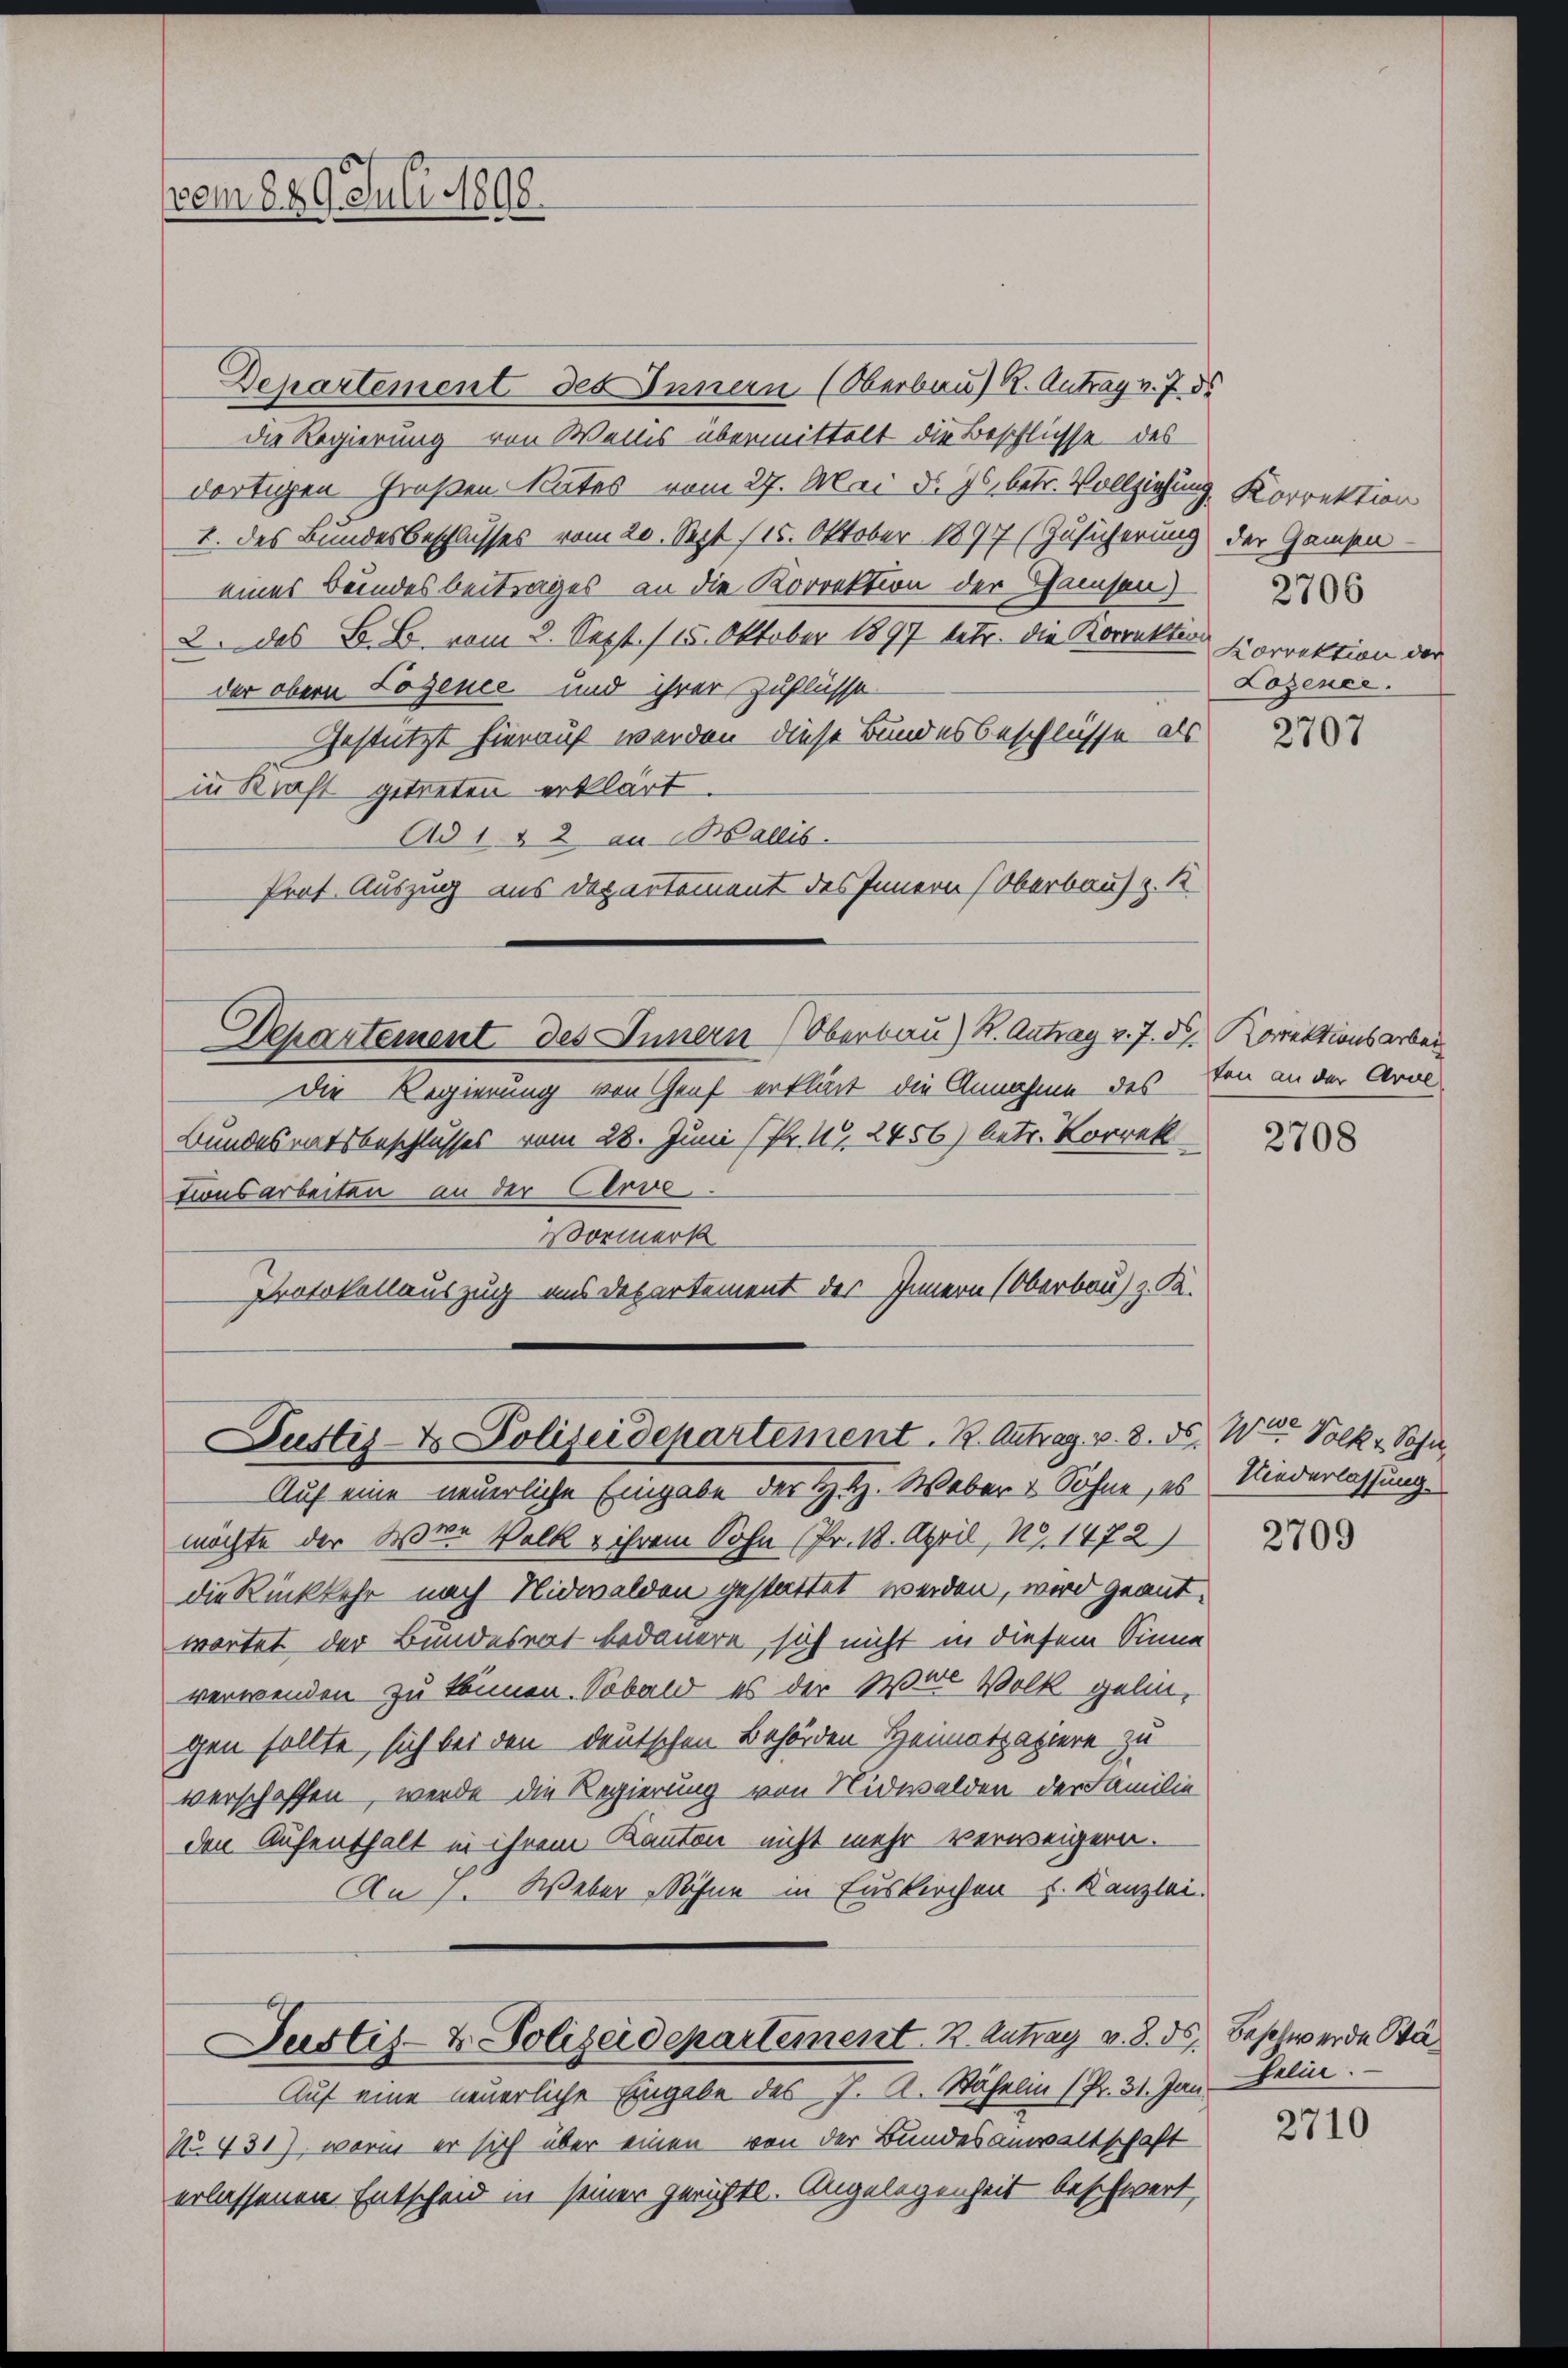
Departement des Innern (Oberbau) R. Antrag v. 7. ds
die Regierung von Weins übermittelt die Beschlüsse des
dortigen Großen Rates vom 27. Mai d. Js. betr. Vollziehung Korrektion
I. des Bundesbeschlusses vom 20. Sept. 115. Oktober 1877 (Zusicherung der Gamsen
eines Bundesbeitrages an die Korrektion der Gamsen)
2. des B. B. vom 2. Sept. 115. Oktober 1897 betr. die Korrektion
der obern Logence und ihrer Zuflüsse
Gestützt hierauf werden diese Bundesbeschlüsse als
in Kraft getreten erklärt.
Ad 1 & 2 an Wallis.
Prof. Auszug aus Departement des Innern Oberbau v. 1
Departement des Innern Oberbau) K. Antrag v. 7. d. Korrektionsarbeit
Die Regierung von Graf erklärt die Annahme des
Bundesratsbeschlusses vom 28. Juni (Pr. 4, 2456) betr. Korrek
tionsarbeiten an der Cerve
Vormerk
Protokollauszug aus Departement des Innern (Oberbau) z. R.

em 629. Juli 1898.

Justiz- & Polizeidepartement. K. Antrag v. 8. ds. Wo Solk u Sohn,

Justiz- & Polizeidepartement. K. Antrag v. 8. ds. Beschwerde Bä

Auf eine neuerliche Eingabe des J. A. Stähelm (Pr. 31. Jan. Selin.
No. 431), worin er sich über einen von der Bundesanwaltschaft
erlassenen Entscheid in seiner gerichtl. Angelegenheit beschwert,

Korrektion der
Lojener.

Auf eine neuerliche Eingabe der H. H. Weber & Söhne, es Niederlassung
möchte der Ster Volk & ihrem Sohn (Pr. 18. April, NG. 1472)
die Rückkehr nach Nidwalden gestattet werden, wird geantwortet der Bundesrat bedauern sich nicht in diesem Sinne
verwenden zu können. Sobald es der War Volk gelin,
gen sollte, sich bei den deutschen Behörden Heimatpapiere zu
verschaffen, werde die Regierung von Nidwalden der Familie
den Aufenthalt in ihrem Kanton nicht mehr verweigern.
An 1. Weber Söhne in Euskirchen u. Kanzlei.

2707

ten an der Arne

2708

2709

2710